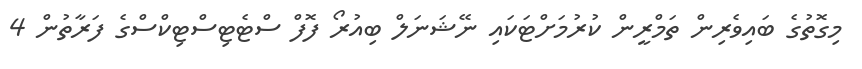
މިގޮތުގެ ބައިވެރިން ތަމްރީން ކުރުމަށްޓަކައި ނޭޝަނަލް ބިއުރޯ ފޮފް ސްޓެޓިސްޓިކްސްގެ ފަރާތުން 4